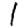
Digit: 1